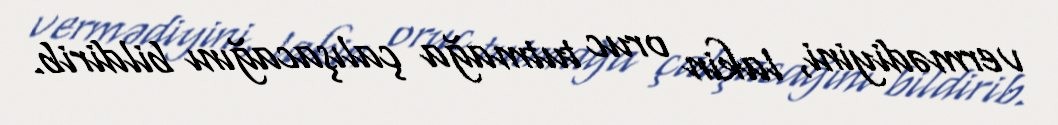
vermədiyini, lakin oruc tutmağa çalışacağını bildirib.